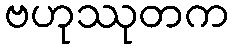
ဗဟုဿုတက